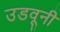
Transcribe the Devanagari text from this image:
उडवूनी